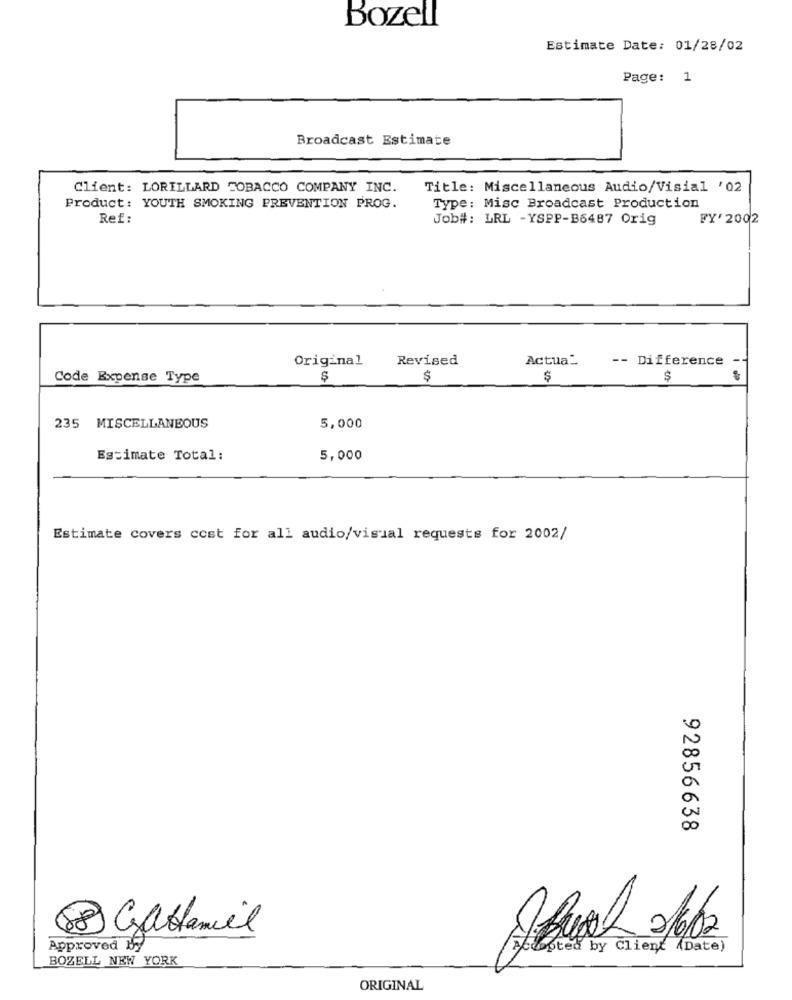
Bozell
Estimate Date: 01/28/02
Page: 1
Broadcast Estimate
Client: LORILLARD TOBACCO COMPANY INC.
Title: Miscellaneous Audio/Visial '02
Product: YOUTH SMOKING PREVENTION PROG.
Type: Misc Broadcast Production
Ref:
Job#: LRL -YSPP-B6487 Orig
FY' 2002
Revised
Actua_
-- Difference
Original
Code Expense Type
$
$
$
235 MISCELLANEOUS
5,000
Estimate Total:
5,000
Estimate covers cost for all audio/visual requests for 2002/
a
a
00
92856638
68
Gatamiel
Approved
Accepted by Client (Date)
BOZELL NEW YORK
ORIGINAL